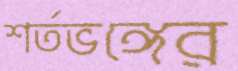
শর্তভঙ্গের